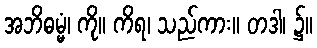
အဘိဓမ္မံ၊ ကို။ ကိရ၊ သည်ကား။ တဒါ၊ ၌။